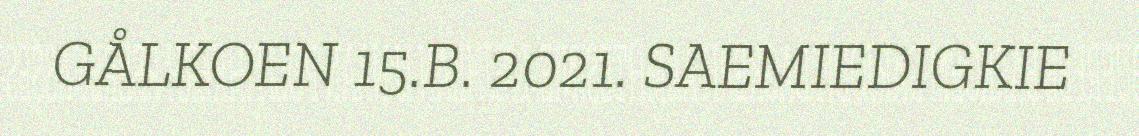
GÅLKOEN 15.B. 2021. SAEMIEDIGKIE